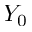
Y _ { 0 }